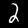
Digit: 2